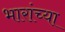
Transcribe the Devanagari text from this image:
भारांच्या